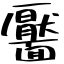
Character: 靨